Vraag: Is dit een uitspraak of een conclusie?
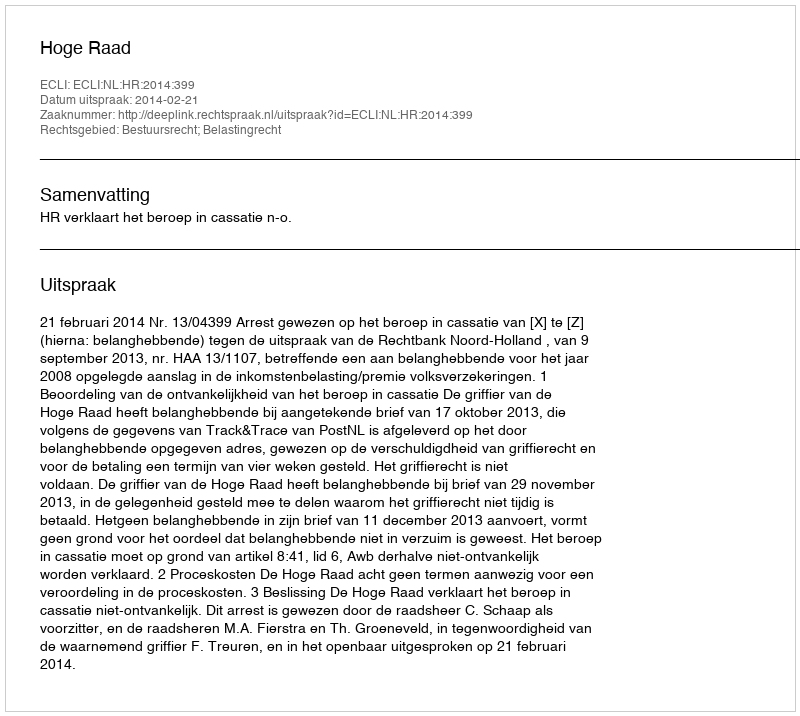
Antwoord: Uitspraak